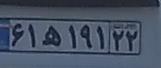
۶۱ه۱۹۱۲۲